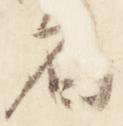
者